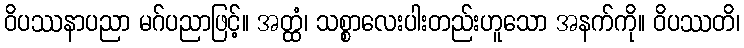
ဝိပဿနာပညာ မဂ်ပညာဖြင့်။ အတ္ထံ၊ သစ္စာလေးပါးတည်းဟူသော အနက်ကို။ ဝိပဿတိ၊